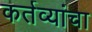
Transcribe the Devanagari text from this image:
कर्तव्यांचा